Report on sanitation, dispensaries, and jails in Rajputana for 1914, and on vaccination for the year 1914-1915 - 1914-1915
Year: 1914
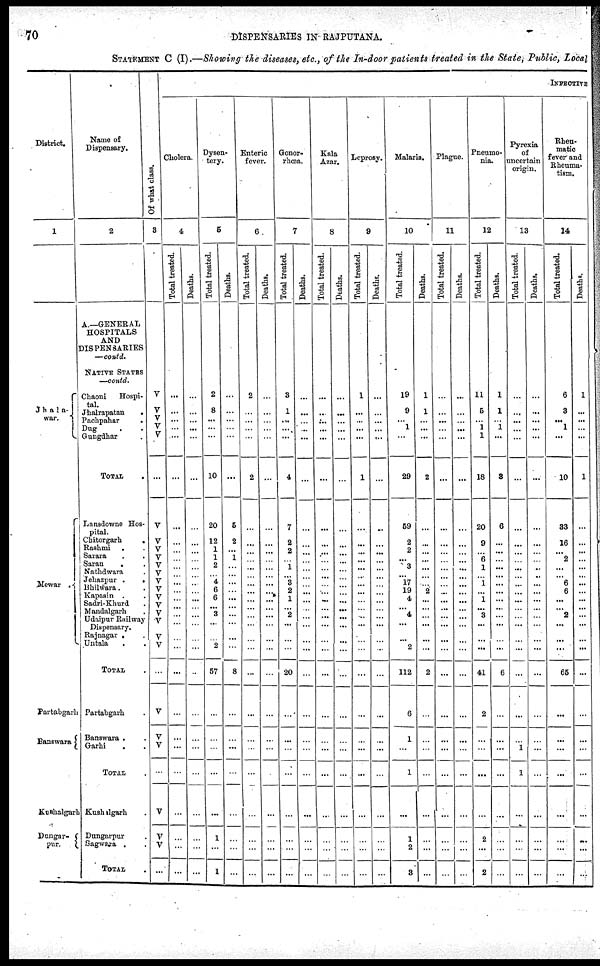
70
DISPENSARIES IN RAJPUTANA.
STATEMENT C (I).—Showing the diseases, etc., of the In-door patients treated in the State, Public, Local
District.
1
Jhala¬
war.
Mewar .
Pertabgarh
Banswara
Kushalgarh
Dunger¬
pur.
Name of
Dispensary.
2
A—GENERAL
HOSPITALS
AND
DISPENSARIES
—contd.
NATIVE STATES
—contd.
Chaoni
Hospi-
tal.
Jhalrapatan
.
Pachpahar
.
Dug . .
Gungdhar .
TOTAL .
Lansdowne Hos¬
pital.
Chitorgarh .
Rashmi . .
Sarara . .
Saran
. .
Nathdwara .
Jehazpur .
.
Bhilwara. .
Kapasin
. .
Sadri-Khurd .
Mandalgarh .
Udaipur Railway
Dispensary.
Rajnagar . .
Untala . .
TOTAL .
Partabgarh .
Banswara . .
Garhi . .
TOTAL .
Kushalgarh .
Dungarpur .
Sagwara . .
TOTAL .
Of what class.
3
V
V
V
V
V
...
V
V
V
V
V
V
V
V
V
V
V
V
V
V
...
V
V
V
...
V
V
V
...
INFECTIVE
Cholera.
4
Total treated.
...
...
...
...
...
...
...
...
...
...
...
...
...
...
...
...
...
...
...
...
...
...
...
...
...
...
...
...
...
Deaths.
...
...
...
...
...
...
...
...
...
...
...
...
...
...
...
...
...
...
...
...
...
...
...
...
...
...
...
...
...
Dysen-
tery.
5
Total treated.
2
8
...
...
...
10
20
12
1
1
2
...
4
6
6
... 3
...
...
2
57
...
...
...
...
...
1
...
1
Deaths.
...
...
...
...
...
...
5
2
...
1
...
...
...
...
...
...
...
...
...
...
8
...
...
...
...
...
...
...
...
Enteric
fever.
6
Total treated.
2
...
...
...
...
2
...
...
...
...
...
...
...
...
...
...
...
...
...
...
...
...
...
...
...
...
...
...
...
Deaths.
...
...
...
...
...
...
...
...
...
...
...
...
...
...
...
...
...
...
...
...
...
...
...
...
...
...
...
...
...
Gonor¬
rhœa.
7
Total treated.
3
1
...
...
...
4
7
2
2
...
1
...
3
2
1
...
2
...
...
...
20
...
...
...
...
...
...
...
...
Deaths.
...
...
...
...
...
...
...
...
...
...
...
...
...
...
...
...
...
...
...
...
...
...
...
...
...
...
...
...
...
Kala
Azar.
8
Total treated.
...
..
...
...
...
...
...
...
...
...
...
...
...
...
...
...
...
...
...
...
...
...
...
...
...
...
...
...
...
Deaths.
...
...
...
...
...
...
...
...
...
...
...
...
...
...
...
...
...
...
...
...
...
...
...
...
...
...
...
...
...
Leprosy.
9
Total treated.
1
...
...
...
...
1
...
...
...
...
...
...
...
...
...
...
...
...
...
...
...
...
...
...
...
...
...
...
...
Deaths.
...
...
...
...
...
...
...
...
...
...
...
...
...
...
...
...
...
...
...
...
...
...
...
...
...
...
...
...
...
Malaria.
10
Total treated.
19
9
...
1
...
29
59
2
2
...
3
...
17
19
4
... 4
...
...
2
112
6
1
...
1
...
1
2
3
Deaths.
1
1
...
...
...
2
...
...
...
...
...
...
...
2
...
...
...
...
...
...
2
...
...
...
...
...
...
...
...
Plague.
11
Total treated.
...
...
...
...
...
...
...
...
...
...
...
...
...
...
...
...
...
...
...
...
...
...
...
...
...
...
...
...
...
Deaths.
...
...
...
...
...
...
...
...
...
...
...
...
...
...
...
...
...
...
...
...
...
...
...
...
...
...
...
...
...
Pneumo-
nia.
12
Total treated.
11
5
...
1
1
18
20
9
...
6
1
...
1
...
1
... 3
...
...
...
41
2
...
...
...
...
2
...
2
Deaths.
1
1
...
1
...
3
6
...
...
...
...
...
...
...
...
...
...
...
...
...
6
...
...
...
...
...
...
...
...
Pyrexia
of
uncertain
origin.
13
Total treated.
...
...
...
...
...
...
...
...
...
...
...
...
...
...
...
...
...
...
...
...
...
...
...
1
1
...
...
...
...
Deaths.
...
...
...
...
...
...
...
...
...
...
...
...
...
...
...
...
...
...
...
...
...
...
...
...
...
...
...
...
...
Rheu-
matic
fever and
Rheuma-
tism.
14
Total treated.
6
3
...
1
...
10
33
16
...
2
...
...
6
6
...
...
2
...
...
...
65
...
...
...
...
...
...
...
...
Deaths.
1
...
...
...
...
1
...
...
...
...
...
...
...
...
...
...
...
...
...
...
...
...
...
...
...
...
...
...
...